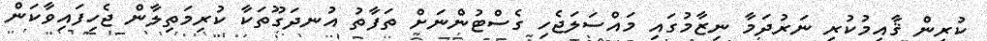
ކުރިން ޤާއިމުކުރި ނަރުދަމާ ނިޒާމުގައި މައްސަލަޖެހި ގެސްޓުންނަށް ތަފާތު އުނދަގޫތަކާ ކުރިމަތިލާން ޖެހިފައިވާކަން